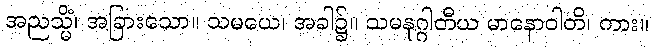
အညသ္မိံ၊ အခြားသော။ သမယေ၊ အခါ၌။ သမနုဂ္ဂါတီယ မာနောဝါတိ၊ ကား။